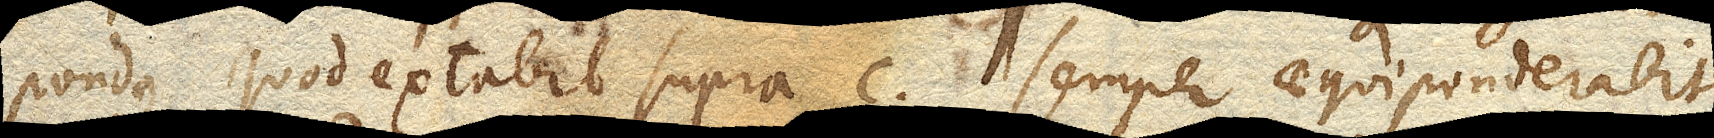
pondus quod extabit supra c. semper aequiponderabit